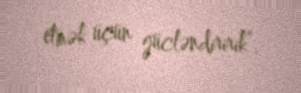
etmək üçün gücləndiririk”.